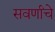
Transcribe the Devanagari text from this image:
सवर्णांचे